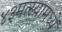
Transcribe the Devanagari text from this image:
४३मत्स्यामध्यें